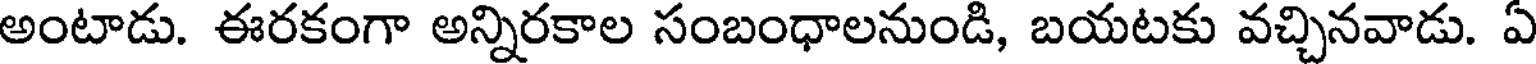
అంటాడు. ఈరకంగా అన్నిరకాల సంబంధాలనుండి, బయటకు వచ్చినవాడు. ఏ